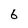
Character: 6